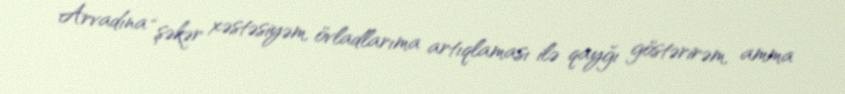
Arvadına “şəkər xəstəsiyəm, övladlarıma artıqlaması ilə qayğı göstərirəm, amma